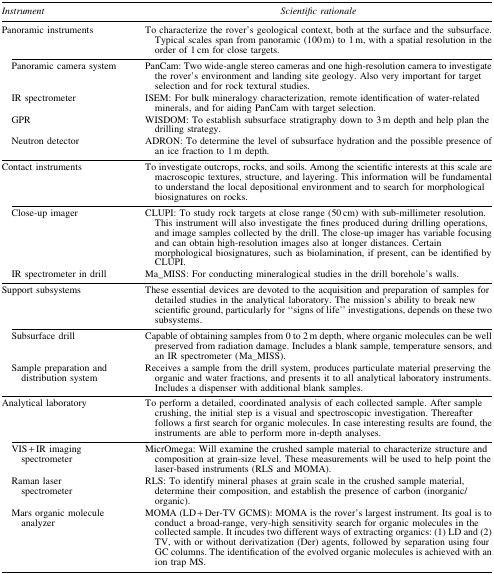
| Instrument | Scientific rationale |
 | --- | --- |
 | Panoramic instruments | To characterize the rover's geological context, both at the surface and the subsurface. Typical scales span from panoramic (100 m) to 1 m, with a spatial resolution in the order of 1 cm for close targets. |
 | Panoramic camera system | PanCam: Two wide-angle stereo cameras and one high-resolution camera to investigate the rover's environment and landing site geology. Also very important for target selection and for rock textural studies. |
 | IR spectrometer | ISEM: For bulk mineralogy characterization, remote identification of water-related minerals, and for aiding PanCam with target selection. |
 | GPR | WISDOM: To establish subsurface stratigraphy down to 3 m depth and help plan the drilling strategy. |
 | Neutron detector | ADRON: To determine the level of subsurface hydration and the possible presence of an ice fraction to 1 m depth. |
 | Contact instruments | To investigate outcrops, rocks, and soils. Among the scientific interests at this scale are macroscopic textures, structure, and layering. This information will be fundamental to understand the local depositional environment and to search for morphological biosignatures on rocks. |
 | Close-up imager | CLUPI: To study rock targets at close range (50 cm) with sub-millimeter resolution. This instrument will also investigate the fines produced during drilling operations, and image samples collected by the drill. The close-up imager has variable focusing and can obtain high-resolution images also at longer distances. Certain morphological biosignatures, such as biolamination, if present, can be identified by CLUPI. |
 | IR spectrometer in drill | Ma_MISS: For conducting mineralogical studies in the drill borehole's walls. |
 | Support subsystems | These essential devices are devoted to the acquisition and preparation of samples for detailed studies in the analytical laboratory. The mission's ability to break new scientific ground, particularly for “signs of life” investigations, depends on these two subsystems. |
 | Subsurface drill | Capable of obtaining samples from 0 to 2 m depth, where organic molecules can be well preserved from radiation damage. Includes a blank sample, temperature sensors, and an IR spectrometer (Ma_MISS). |
 | Sample preparation and distribution system | Receives a sample from the drill system, produces particulate material preserving the organic and water fractions, and presents it to all analytical laboratory instruments. Includes a dispenser with additional blank samples. |
 | Analytical laboratory | To perform a detailed, coordinated analysis of each collected sample. After sample crushing, the initial step is a visual and spectroscopic investigation. Thereafter follows a first search for organic molecules. In case interesting results are found, the instruments are able to perform more in-depth analyses. |
 | VIS + IR imaging spectrometer | MicrOmega: Will examine the crushed sample material to characterize structure and composition at grain-size level. These measurements will be used to help point the laser-based instruments (RLS and MOMA). |
 | Raman laser spectrometer | RLS: To identify mineral phases at grain scale in the crushed sample material, determine their composition, and establish the presence of carbon (inorganic/organic). |
 | Mars organic molecule analyzer | MOMA (LD + Der-TV GCMS): MOMA is the rover's largest instrument. Its goal is to conduct a broad-range, very-high sensitivity search for organic molecules in the collected sample. It incudes two different ways of extracting organics: (1) LD and (2) TV, with or without derivatization (Der) agents, followed by separation using four GC columns. The identification of the evolved organic molecules is achieved with an ion trap MS. |